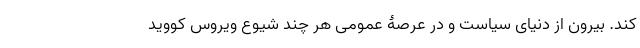
کند. بیرون از دنیای سیاست و در عرصۀ عمومی هر چند شیوع ویروس کووید